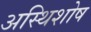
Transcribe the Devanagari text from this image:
अस्थिशोष